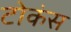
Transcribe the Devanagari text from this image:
टोकंस